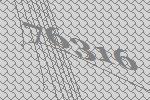
76316